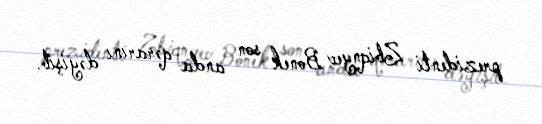
prezidenti Zbiqnyev Bonek son anda qərarını dəyişib.